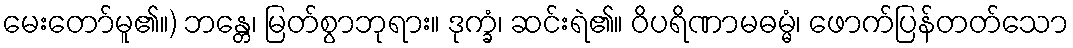
မေးတော်မူ၏။) ဘန္တေ၊ မြတ်စွာဘုရား။ ဒုက္ခံ၊ ဆင်းရဲ၏။ ဝိပရိဏာမဓမ္မံ၊ ဖောက်ပြန်တတ်သော